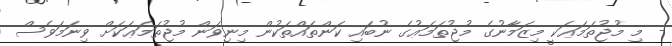
- މި މުޖުތަމަޢަކީ މިޒަމާނުގެ މުޖުތަމަޢުގެ ނުބައި ކަންތައްތަކުން މިނިވަން މުޖުތަމަޢަކަށް ވިނަމަވެސް